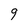
Character: g